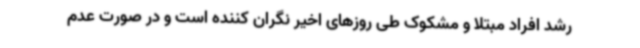
رشد افراد مبتلا و مشکوک طی روزهای اخیر نگران کننده است و در صورت عدم